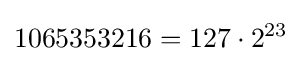
1065353216=127\cdot 2^{23}